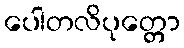
ပေါတလိပုတ္တော